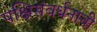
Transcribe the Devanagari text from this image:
पक्षिसंवर्धनाची